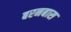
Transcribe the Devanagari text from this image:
बरनबास